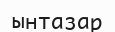
ынтазар